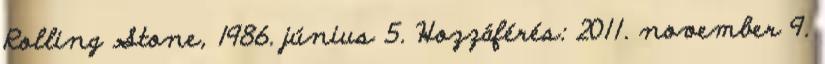
Rolling Stone, 1986. június 5. Hozzáférés: 2011. november 9.